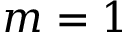
m = 1